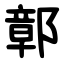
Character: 鄣